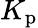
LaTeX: K_{\mathrm{p}}